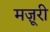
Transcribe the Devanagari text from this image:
मज़ूरी